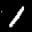
Label: 1